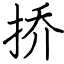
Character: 挢